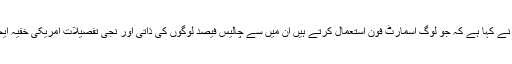
خود حکومت کے سابق داخلہ سکریٹری راجیو مہرشی نے کہا ہے کہ جو لوگ اسمارٹ فون استعمال کرتے ہیں ان میں سے چالیس فیصد لوگوں کی ذاتی اور نجی تفصیلات امریکی خفیہ ایجنسی سی آئی اے اور دیگر ایجنسیوں تک پہنچ گئی ہیں۔